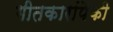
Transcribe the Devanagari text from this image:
गीतकारांपैकी